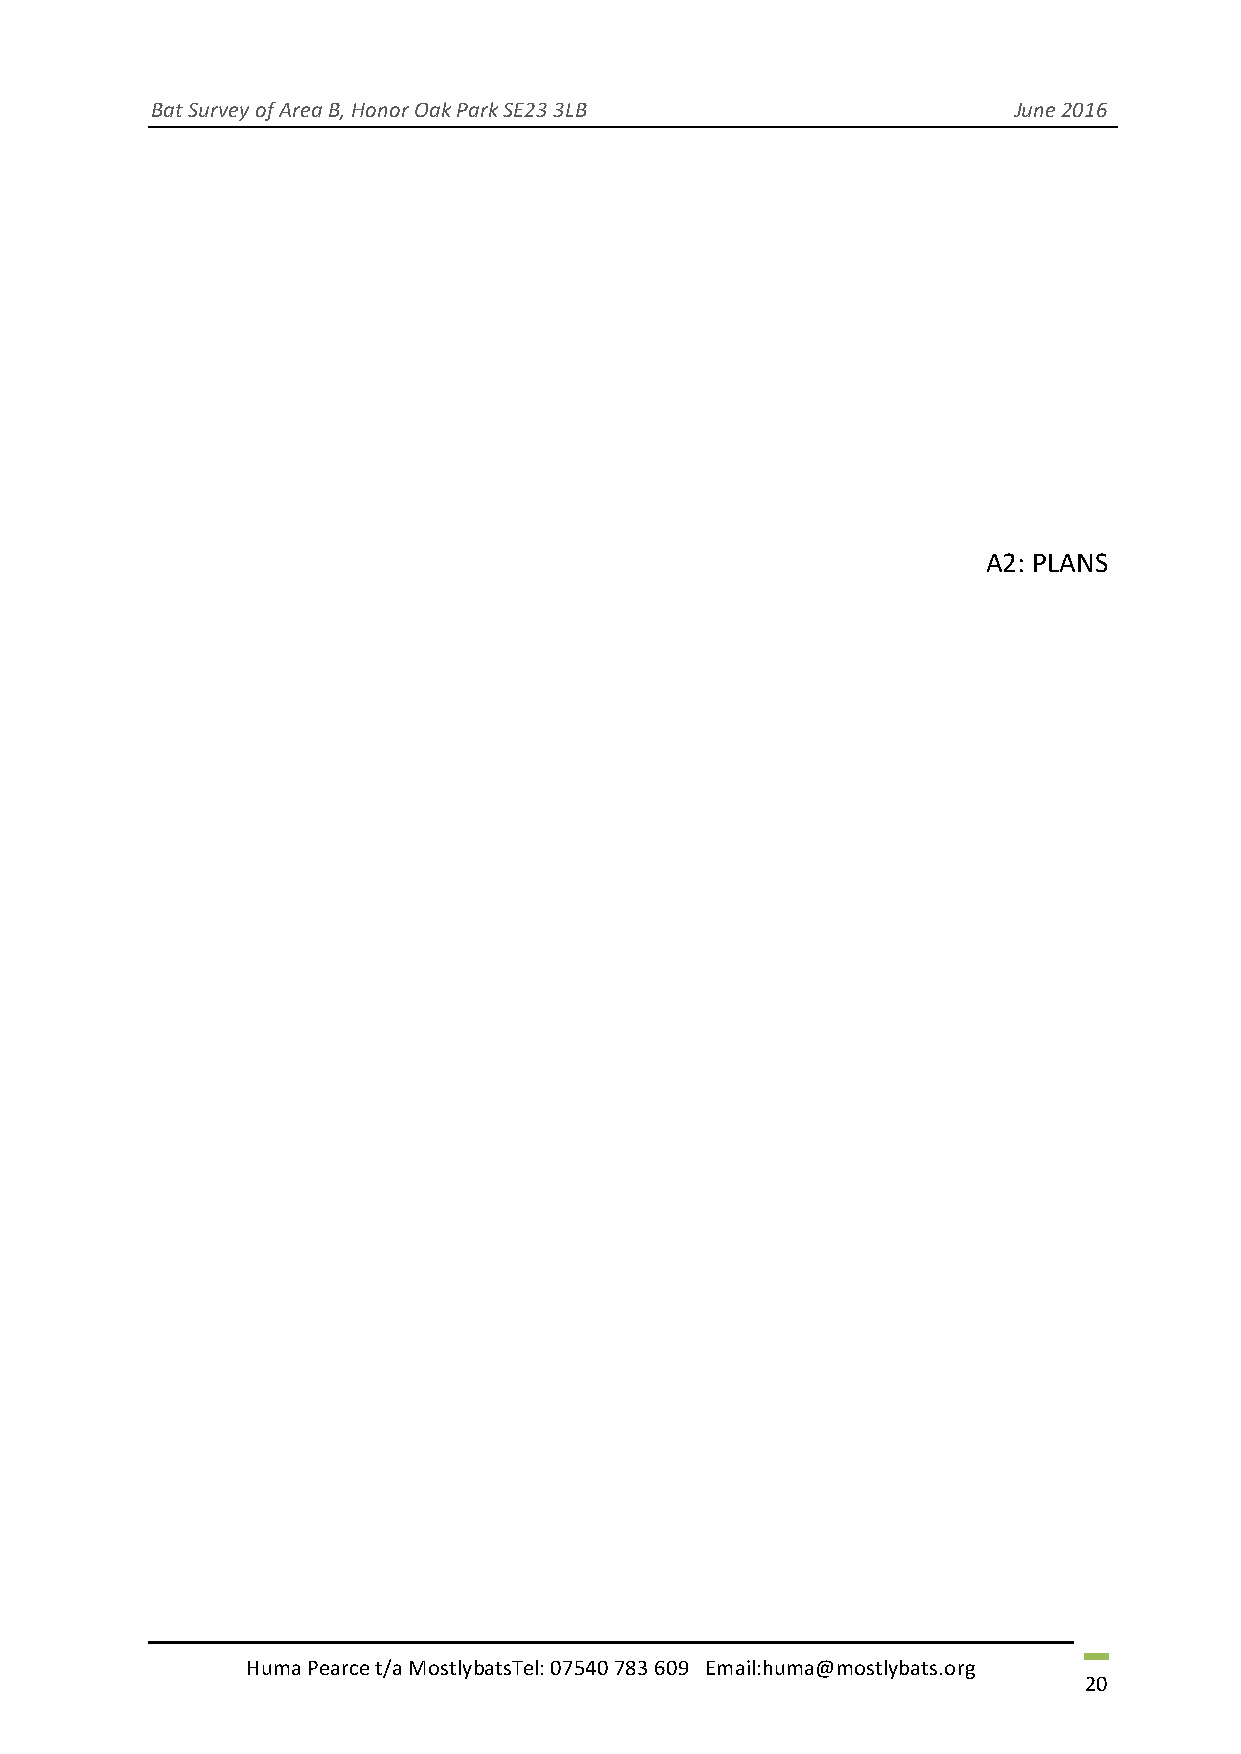
Bat Survey of Area B, Honor Oak Park SE23 3LB            June 2016
 A2: PLANS
 Huma Pearce t/a MostlybatsTel: 07540 783 609 Email:huma@mostlybats.org
 20